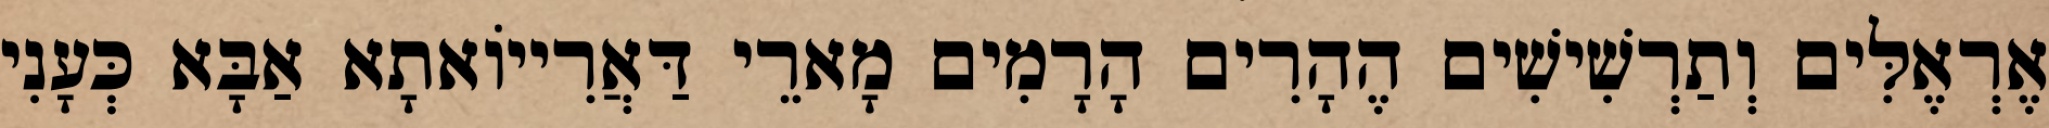
אֶרְאֶלִּים וְתַרְשִׁישִׁים הֶהָרִים הָרָמִים מָארֵי דַּאֲרִייוֹאתָא אַבָּא כְּעָנִי